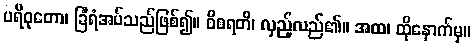
ပရိဝုတော၊ ခြံရံအပ်သည်ဖြစ်၍။ ဝိစရတိ၊ လှည့်လည်၏။ အထ၊ ထိုနောက်မှ။